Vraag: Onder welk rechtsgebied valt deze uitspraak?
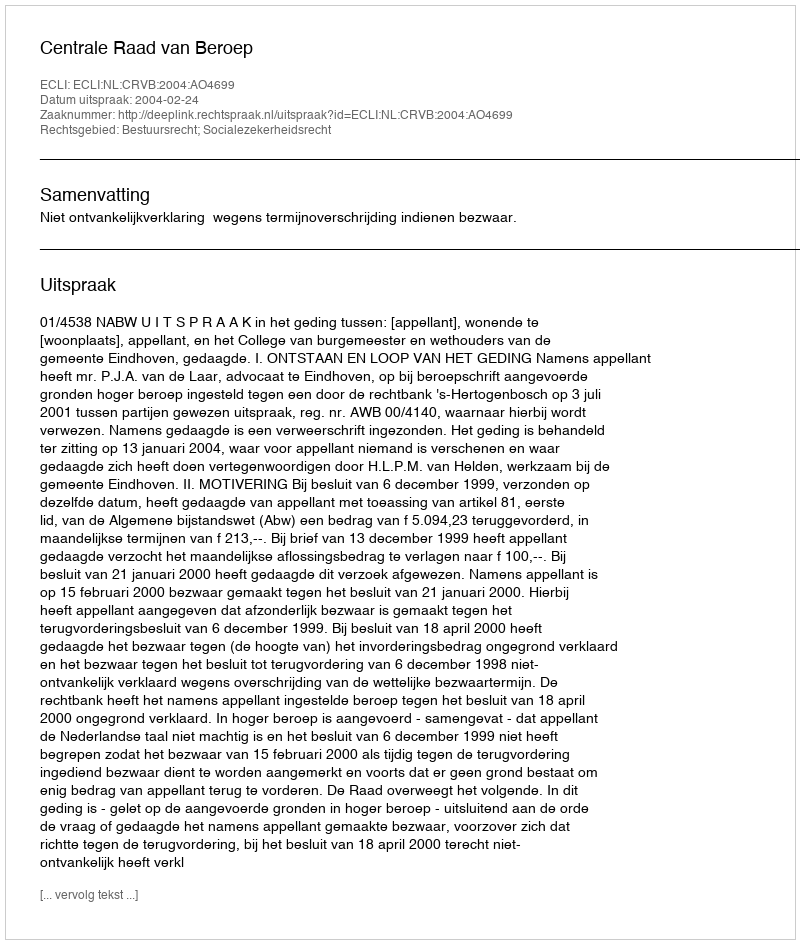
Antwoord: Bestuursrecht; Socialezekerheidsrecht